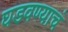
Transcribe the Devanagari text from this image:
घडवण्याचं